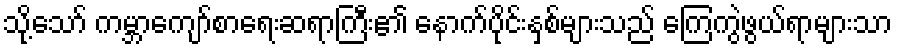
သို့သော် ကမ္ဘာကျော်စာရေးဆရာကြီး၏ နောက်ပိုင်းနှစ်များသည် ကြေကွဲဖွယ်ရာများသာ